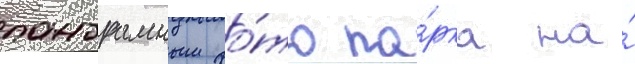
панорамным фо́то па́рка на́